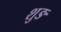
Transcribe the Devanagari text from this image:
शुङ